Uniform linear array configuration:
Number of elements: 12
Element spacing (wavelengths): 1
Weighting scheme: exponential
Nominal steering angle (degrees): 60
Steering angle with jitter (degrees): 58.248
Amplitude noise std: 0.05
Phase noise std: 0.05

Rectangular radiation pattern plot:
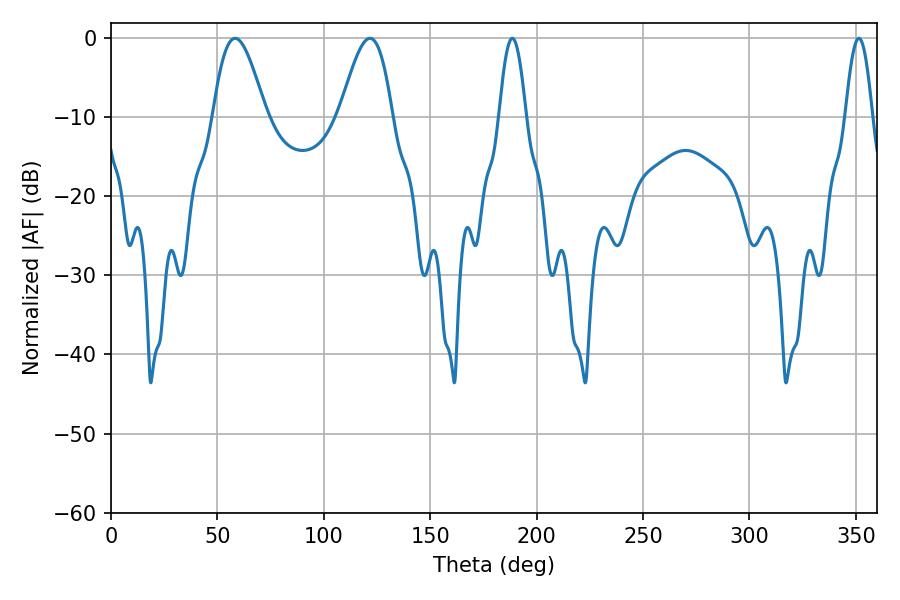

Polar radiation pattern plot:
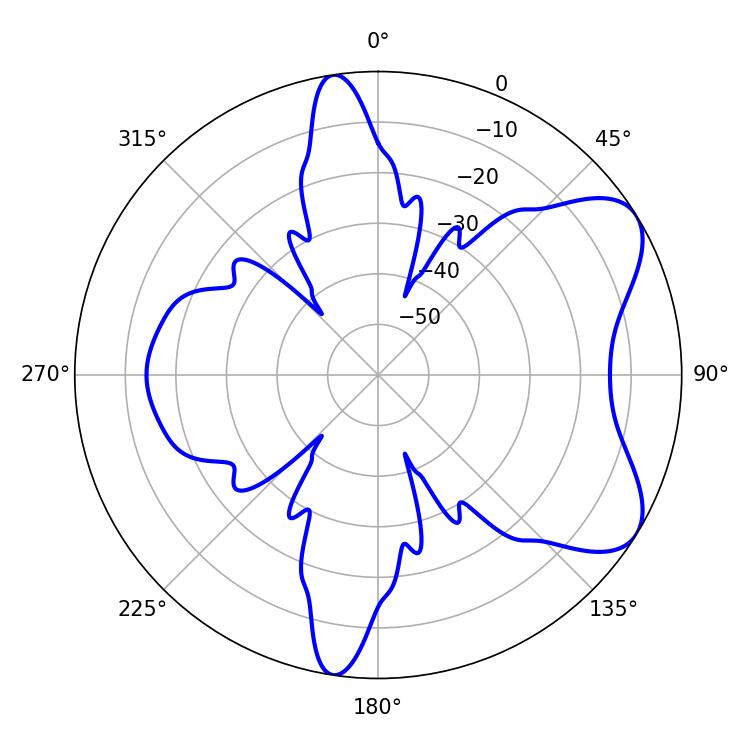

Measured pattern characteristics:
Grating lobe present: TRUE
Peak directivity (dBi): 6.961
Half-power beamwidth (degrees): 13.14
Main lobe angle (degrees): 58.32